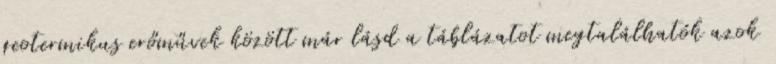
geotermikus erőművek között már lásd a táblázatot megtalálhatók azok